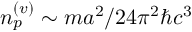
n _ { p } ^ { ( v ) } \sim m a ^ { 2 } / 2 4 \pi ^ { 2 } \hbar c ^ { 3 }